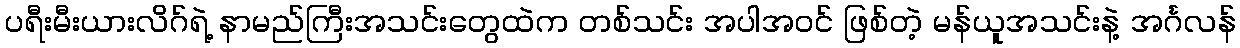
ပရီးမီးယားလိဂ်ရဲ့ နာမည်ကြီးအသင်းတွေထဲက တစ်သင်း အပါအဝင် ဖြစ်တဲ့ မန်ယူအသင်းနဲ့ အင်္ဂလန်